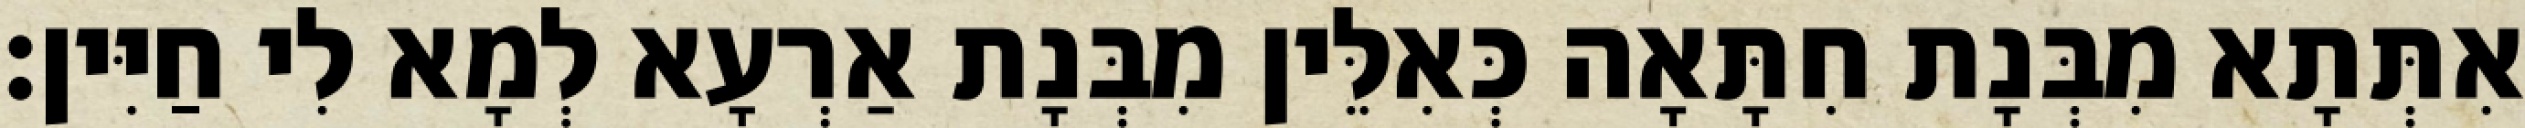
אִתְּתָא מִבְּנָת חִתָּאָה כְּאִלֵּין מִבְּנָת אַרְעָא לְמָא לִי חַיִּין׃